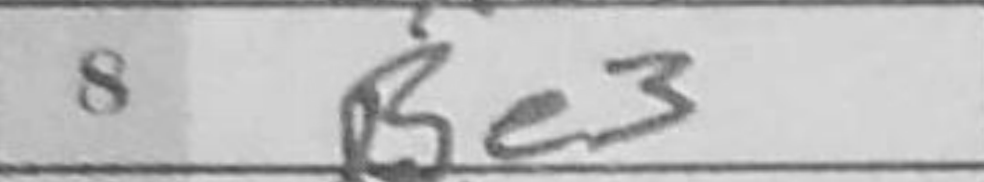
Transcription: Be3